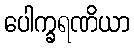
ပေါက္ခရဏိယာ